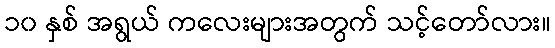
၁၀ နှစ် အရွယ် ကလေးများအတွက် သင့်တော်လား။